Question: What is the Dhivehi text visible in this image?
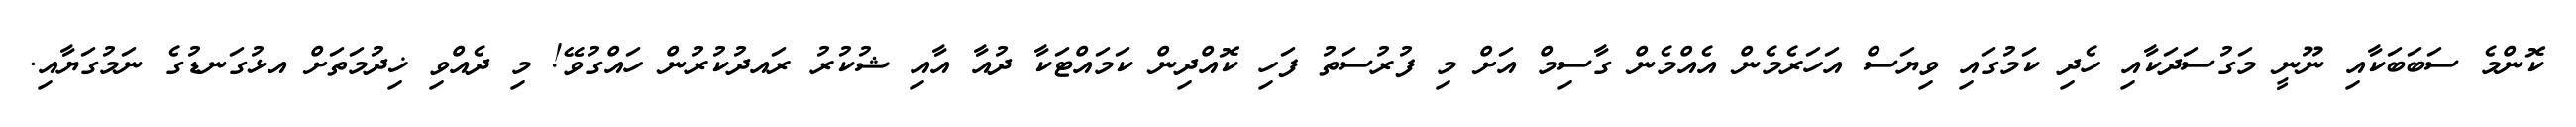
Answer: ކޮންމެ ސަބަބަކާއި ނޫނީ މަގުސަދަކާއި ހެދި ކަމުގައި ވިޔަސް އަހަރެމެން އެއްމެން ގާސިމް އަށް މި ފުރުސަތު ފަހި ކޮއްދިން ކަމައްޓަކާ ދުއާ އާއި ޝުކުރު ރައދުކުރުން ހައްގުވޭ! މި ދެއްވި ޚިދުމަތަށް އޅުގަނޑުގެ ނަމުގަޔާއި.